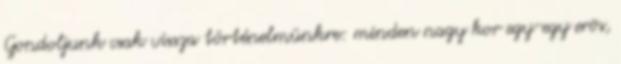
Gondoljunk csak vissza történelmünkre: minden nagy kor egy-egy erõs,